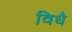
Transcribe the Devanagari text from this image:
विधै